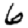
Digit: 6